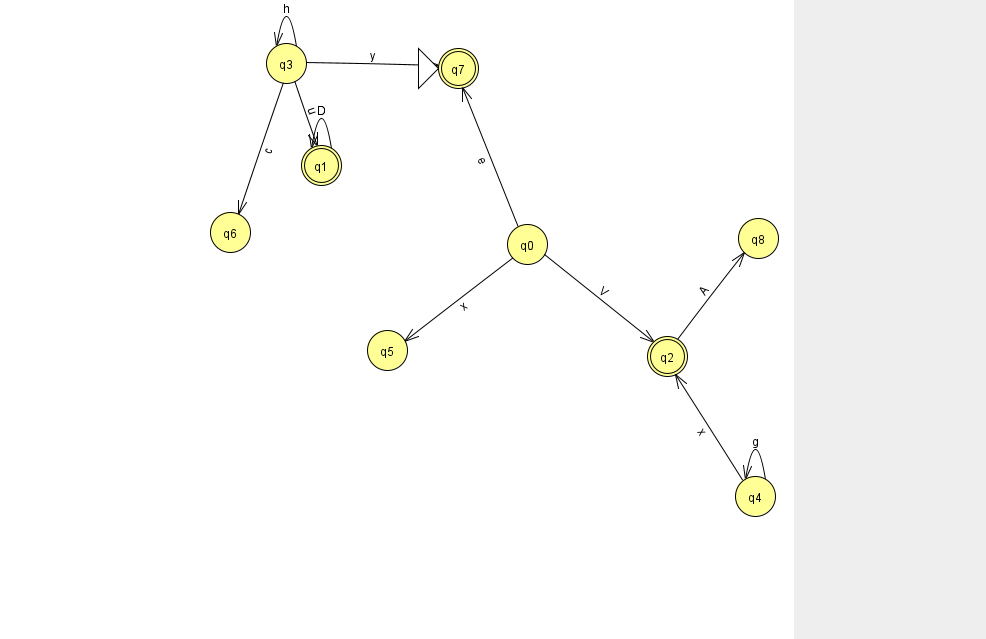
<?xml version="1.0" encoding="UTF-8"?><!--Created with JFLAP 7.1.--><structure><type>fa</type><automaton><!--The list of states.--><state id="0" name="q0"><x>527.0</x><y>231.0</y></state><state id="1" name="q1"><x>321.0</x><y>152.0</y><final/></state><state id="2" name="q2"><x>667.0</x><y>343.0</y><final/></state><state id="3" name="q3"><x>286.0</x><y>50.0</y></state><state id="4" name="q4"><x>755.0</x><y>483.0</y></state><state id="5" name="q5"><x>387.0</x><y>337.0</y></state><state id="6" name="q6"><x>230.0</x><y>219.0</y></state><state id="7" name="q7"><x>458.0</x><y>55.0</y><initial/><final/></state><state id="8" name="q8"><x>758.0</x><y>225.0</y></state><!--The list of transitions.--><transition><from>4</from><to>2</to><read>x</read></transition><transition><from>3</from><to>6</to><read>c</read></transition><transition><from>3</from><to>7</to><read>y</read></transition><transition><from>1</from><to>1</to><read>D</read></transition><transition><from>0</from><to>2</to><read>V</read></transition><transition><from>0</from><to>5</to><read>x</read></transition><transition><from>4</from><to>4</to><read>g</read></transition><transition><from>3</from><to>1</to><read>u</read></transition><transition><from>3</from><to>3</to><read>h</read></transition><transition><from>2</from><to>8</to><read>A</read></transition><transition><from>0</from><to>7</to><read>e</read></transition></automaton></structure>